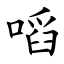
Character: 㗖